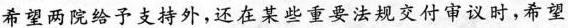
希望两院给予支持外，还在某些重要法规交付审议时，希望